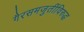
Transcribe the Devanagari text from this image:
गैरसमजुतींविरुद्ध